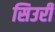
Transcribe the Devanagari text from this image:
सिउरी